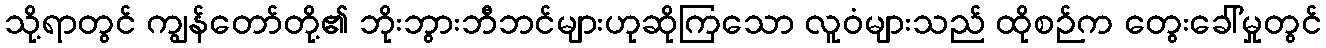
သို့ရာတွင် ကျွန်တော်တို့၏ ဘိုးဘွားဘီဘင်များဟုဆိုကြသော လူဝံများသည် ထိုစဉ်က တွေးခေါ်မှုတွင်